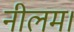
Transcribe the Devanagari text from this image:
नीलम।